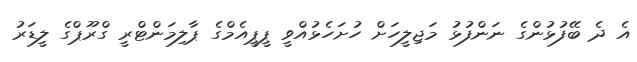
އެ ދެ ބޭފުޅުންގެ ނަންފުޅު މަޖިލީހަށް ހުށަހެޅުއްވީ ޕީޕީއެމްގެ ޕާލިމަންޓްރީ ގްރޫޕްގެ ލީޑަރު